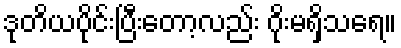
ဒုတိယပိုင်းပြီးတော့လည်း ဂိုးမရှိသရေ။